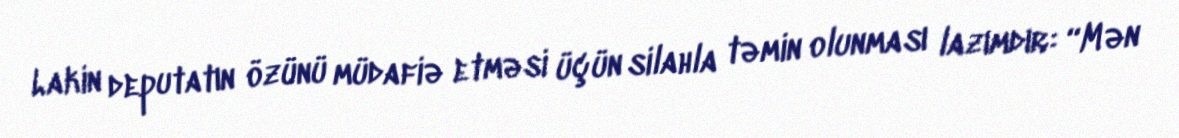
Lakin deputatın özünü müdafiə etməsi üçün silahla təmin olunması lazımdır: “Mən